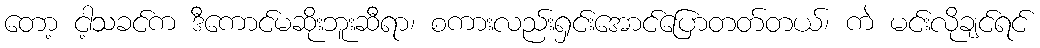
တော့ ငါ့သခင်က ဒီကောင်မဆိုးဘူးဆီရာ၊ စကားလည်းရှင်းအောင်ပြောတတ်တယ်၊ ကဲ မင်းလိုချင်ရင်